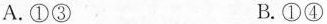
A.①③ B.①④